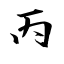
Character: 丙